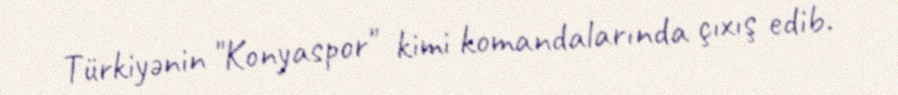
Türkiyənin "Konyaspor" kimi komandalarında çıxış edib.